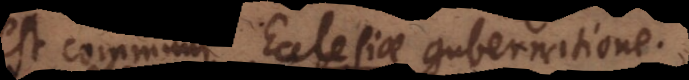
est communi Ecclesiae gubernatione.